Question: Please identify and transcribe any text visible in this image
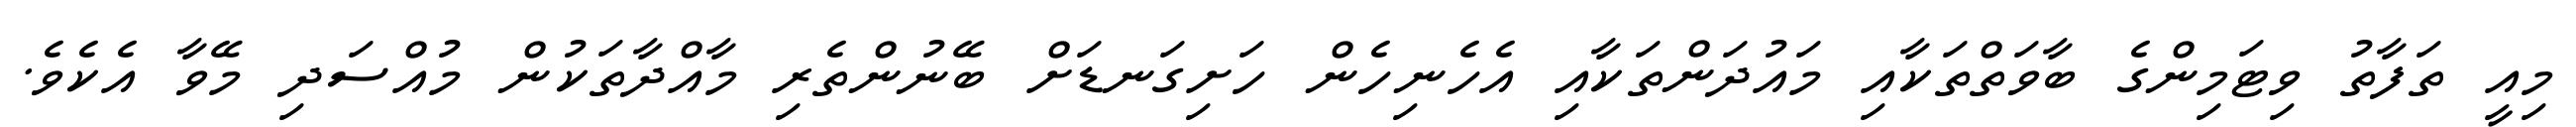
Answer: މިއީ ތަފާތު ވިޓަމިންގެ ބާވަތްތަކާއި މައުދަންތަކާއި އެހެނިހެން ހަށިގަނޑަށް ބޭނުންތެރި މާއްދާތަކުން މުއްސަދި މޭވާ އެކެވެ.